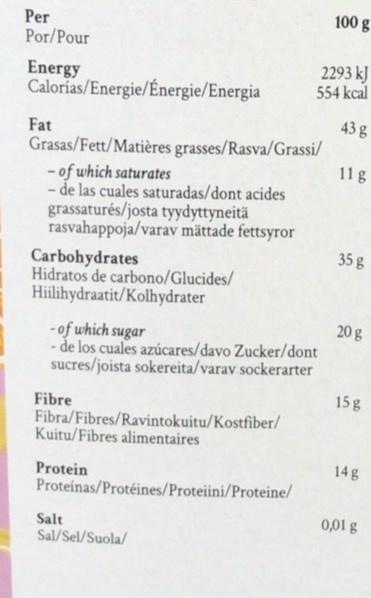
100 g
Per Por/Pour
Energy Calorías/Energie/Énergie/Energia
2293 kJ 554 kcal
43 g
Fat Grasas/Fett/Matières grasses/Rasva/Grassi/ - of which saturates - de las cuales saturadas/dont acides grassaturés/josta tyydyttyneitä rasvahappoja/varav mättade fettsyror
11g
35 g
Carbohydrates Hidratos de carbono/Glucides/ Hiilihydraatit/Kolhydrater
20 g
- of which sugar - de los cuales azúcares/davo Zucker/dont sucres/joista sokereita/varav sockerarter
15 g
Fibre Fibra/Fibres/Ravintokuitu/Kostfiber/ Kuitu/Fibres alimentaires
14g
Protein Proteínas/Protéines/Proteiini/Proteine/
0,01 g
Salt Sal/Sel/Suola/